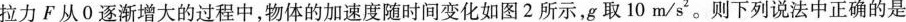
拉力F从0逐渐增大的过程中，物体的加速度随时间变化如图2所示，g取10m/s2。则下列说法中正确的是